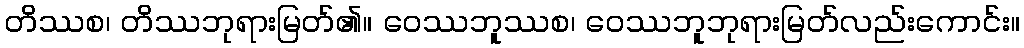
တိဿစ၊ တိဿဘုရားမြတ်၏။ ဝေဿဘူဿစ၊ ဝေဿဘူဘုရားမြတ်လည်းကောင်း။